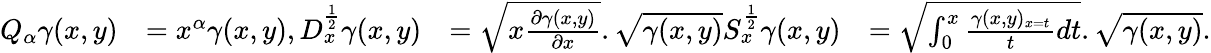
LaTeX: \begin{array}{rlrl}{Q_{\alpha}\gamma(x,y)}&{=x^{\alpha}\gamma(x,y),D_{x}^{\frac{1}{2}}\gamma(x,y)}&{=\sqrt{x\frac{\partial\gamma(x,y)}{\partial x}}.\sqrt{\gamma(x,y)}S_{x}^{\frac{1}{2}}\gamma(x,y)}&{=\sqrt{\int_{0}^{x}\frac{\gamma(x,y)_{x=t}}{t}dt}.\sqrt{\gamma(x,y)}.}\end{array}